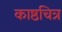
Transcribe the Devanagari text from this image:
काष्ठचित्र